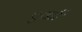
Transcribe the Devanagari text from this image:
एथर्ट